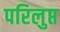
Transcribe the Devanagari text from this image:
परिलुप्त